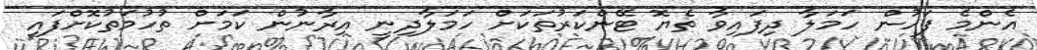
އެންމެ ފަހުން ހަމަލާ ދިފައިވާ ތެޔޮ ޓޭންކަރުތަކަށް ހަމަލާާދިނީ އިރާނުން ކަމަށް ތުހުމަތުކޮށްފައި